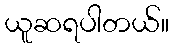
ယူဆရပါတယ်။